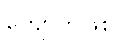
ကျောက်ဖြစ်